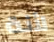
لأنة